Black-water fever - Number 35
Disease focus: Fever
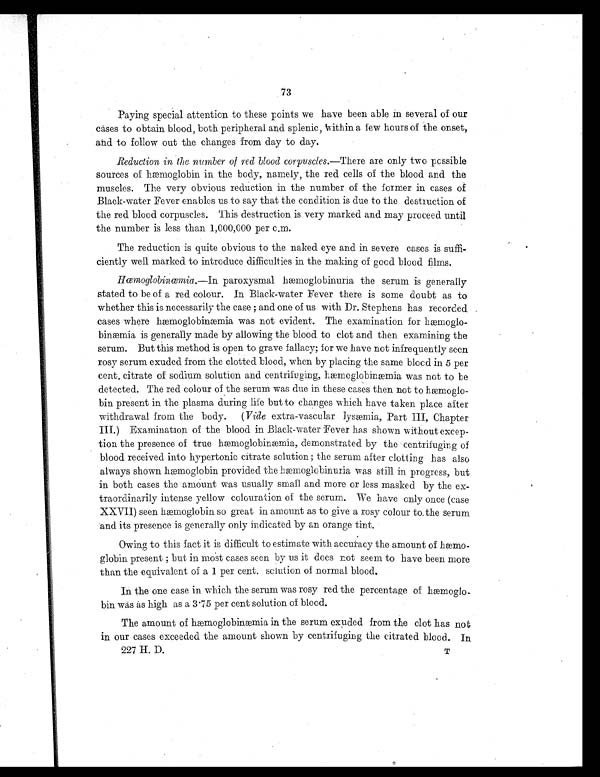
73
Paying special attention to these points we have been able in several of our
cases to obtain blood, both peripheral and splenic, within a few hours of the onset,
and to follow out the changes from day to day.
Reduction in the number of red blood corpuscles.— T h e r e a r e o n l y t w o p o s s i b l e
sources of hæmoglobin in the body, namely, the red cells of the blood and the
muscles. The very obvious reduction in the number of the former in cases of
Black-water Fever enables us to say that the condition is due to the destruction of
the red blood corpuscles. This destruction is very marked and may proceed until
the number is less than 1,000,000 per c.m.
The reduction is quite obvious to the naked eye and in severe cases is suffi-
ciently well marked to introduce difficulties in the making of good blood films.
Hœmoglobinœmia.—In paroxysmal hœmoglobinuria the serum is generally
stated to be of a red colour. In Black-water Fever there is some doubt as to
whether this is necessarily the case ; and one of us with Dr. Stephens has recorded
cases where hæmoglobinæmia was not evident. The examination for hæmoglo-
b i n æ m i a i s g e n e r a l l y m a d e b y a l l o w i n g t h e b l o o d t o c l o t a n d t h e n e x a m i n i n g t h e
serum. But this method is open to grave fallacy; for we have not infrequently seen
rosy serum exuded from the clotted blood, when by placing the same blood in 5 per
cent. citrate of sodium solution and centrifuging, hæmoglobinæmia was not to be
detected. The red colour of the serum was due in these cases then not to hæmoglo-
bin present in the plasma during life but to changes which have taken place after
withdrawal from the body. ( Vide extra-vascular lysæmia, Part III, Chapter
III.) Examination of the blood in Black-water Fever has shown without excep-
tion the presence of true hæmoglobinæmia, demonstrated by the centrifuging of
blood received into hypertonic citrate solution ; the serum after clotting has also
always shown hæmoglobin provided the hæmoglobinuria was still in progress, but
in both cases the amount was usually small and more or less masked by the ex-
traordinarily intense yellow colouration of the serum. We have only once (case
XXVII) seen hæmoglobin so great in amount as to give a rosy colour to the serum
and its presence is generally only indicated by an orange tint.
Owing to this fact it is difficult to estimate with accuracy the amount of hæmo-
globin present ; but in most cases seen by us it does not seem to have been more
than the equivalent of a 1 per cent. solution of normal blood.
In the one case in which the serum was rosy red the percentage of hæmoglo-
bin was as high as a 3.75 per cent solution of blood.
The amount of hæmoglobinæmia in the serum exuded from the clot has not
in our cases exceeded the amount shown by centrifuging the citrated blood. In
227 H. D.